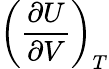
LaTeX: \left({\frac{\partial U}{\partial V}}\right)_{T}